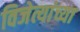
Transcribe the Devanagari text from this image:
विजेत्यांच्या